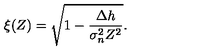
\xi ( Z ) = \sqrt { 1 - \frac { \Delta h } { \sigma _ { n } ^ { 2 } Z ^ { 2 } } } .